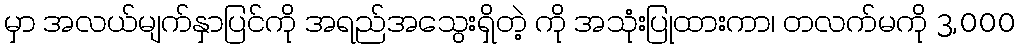
မှာ အလယ်မျက်နှာပြင်ကို အရည်အသွေးရှိတဲ့ ကို အသုံးပြုထားကာ၊ တလက်မကို 3,000